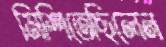
মিশিতেছিলেন